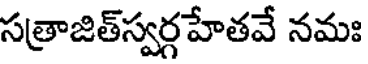
సత్రాజిత్స్వర్గహేతవే నమః